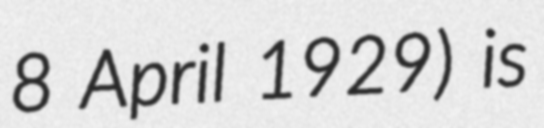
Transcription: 8 April 1929) is